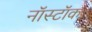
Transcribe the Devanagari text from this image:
नॉस्टॉक